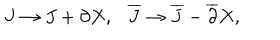
LaTeX: J \to J + \partial X , \ \ \ { \overline { { J } } } \to { \overline { { J } } } - { \overline { { \partial } } } X ,